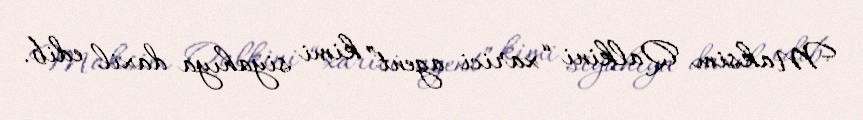
Maksim Qalkini “xarici agent” kimi siyahıya daxil edib.